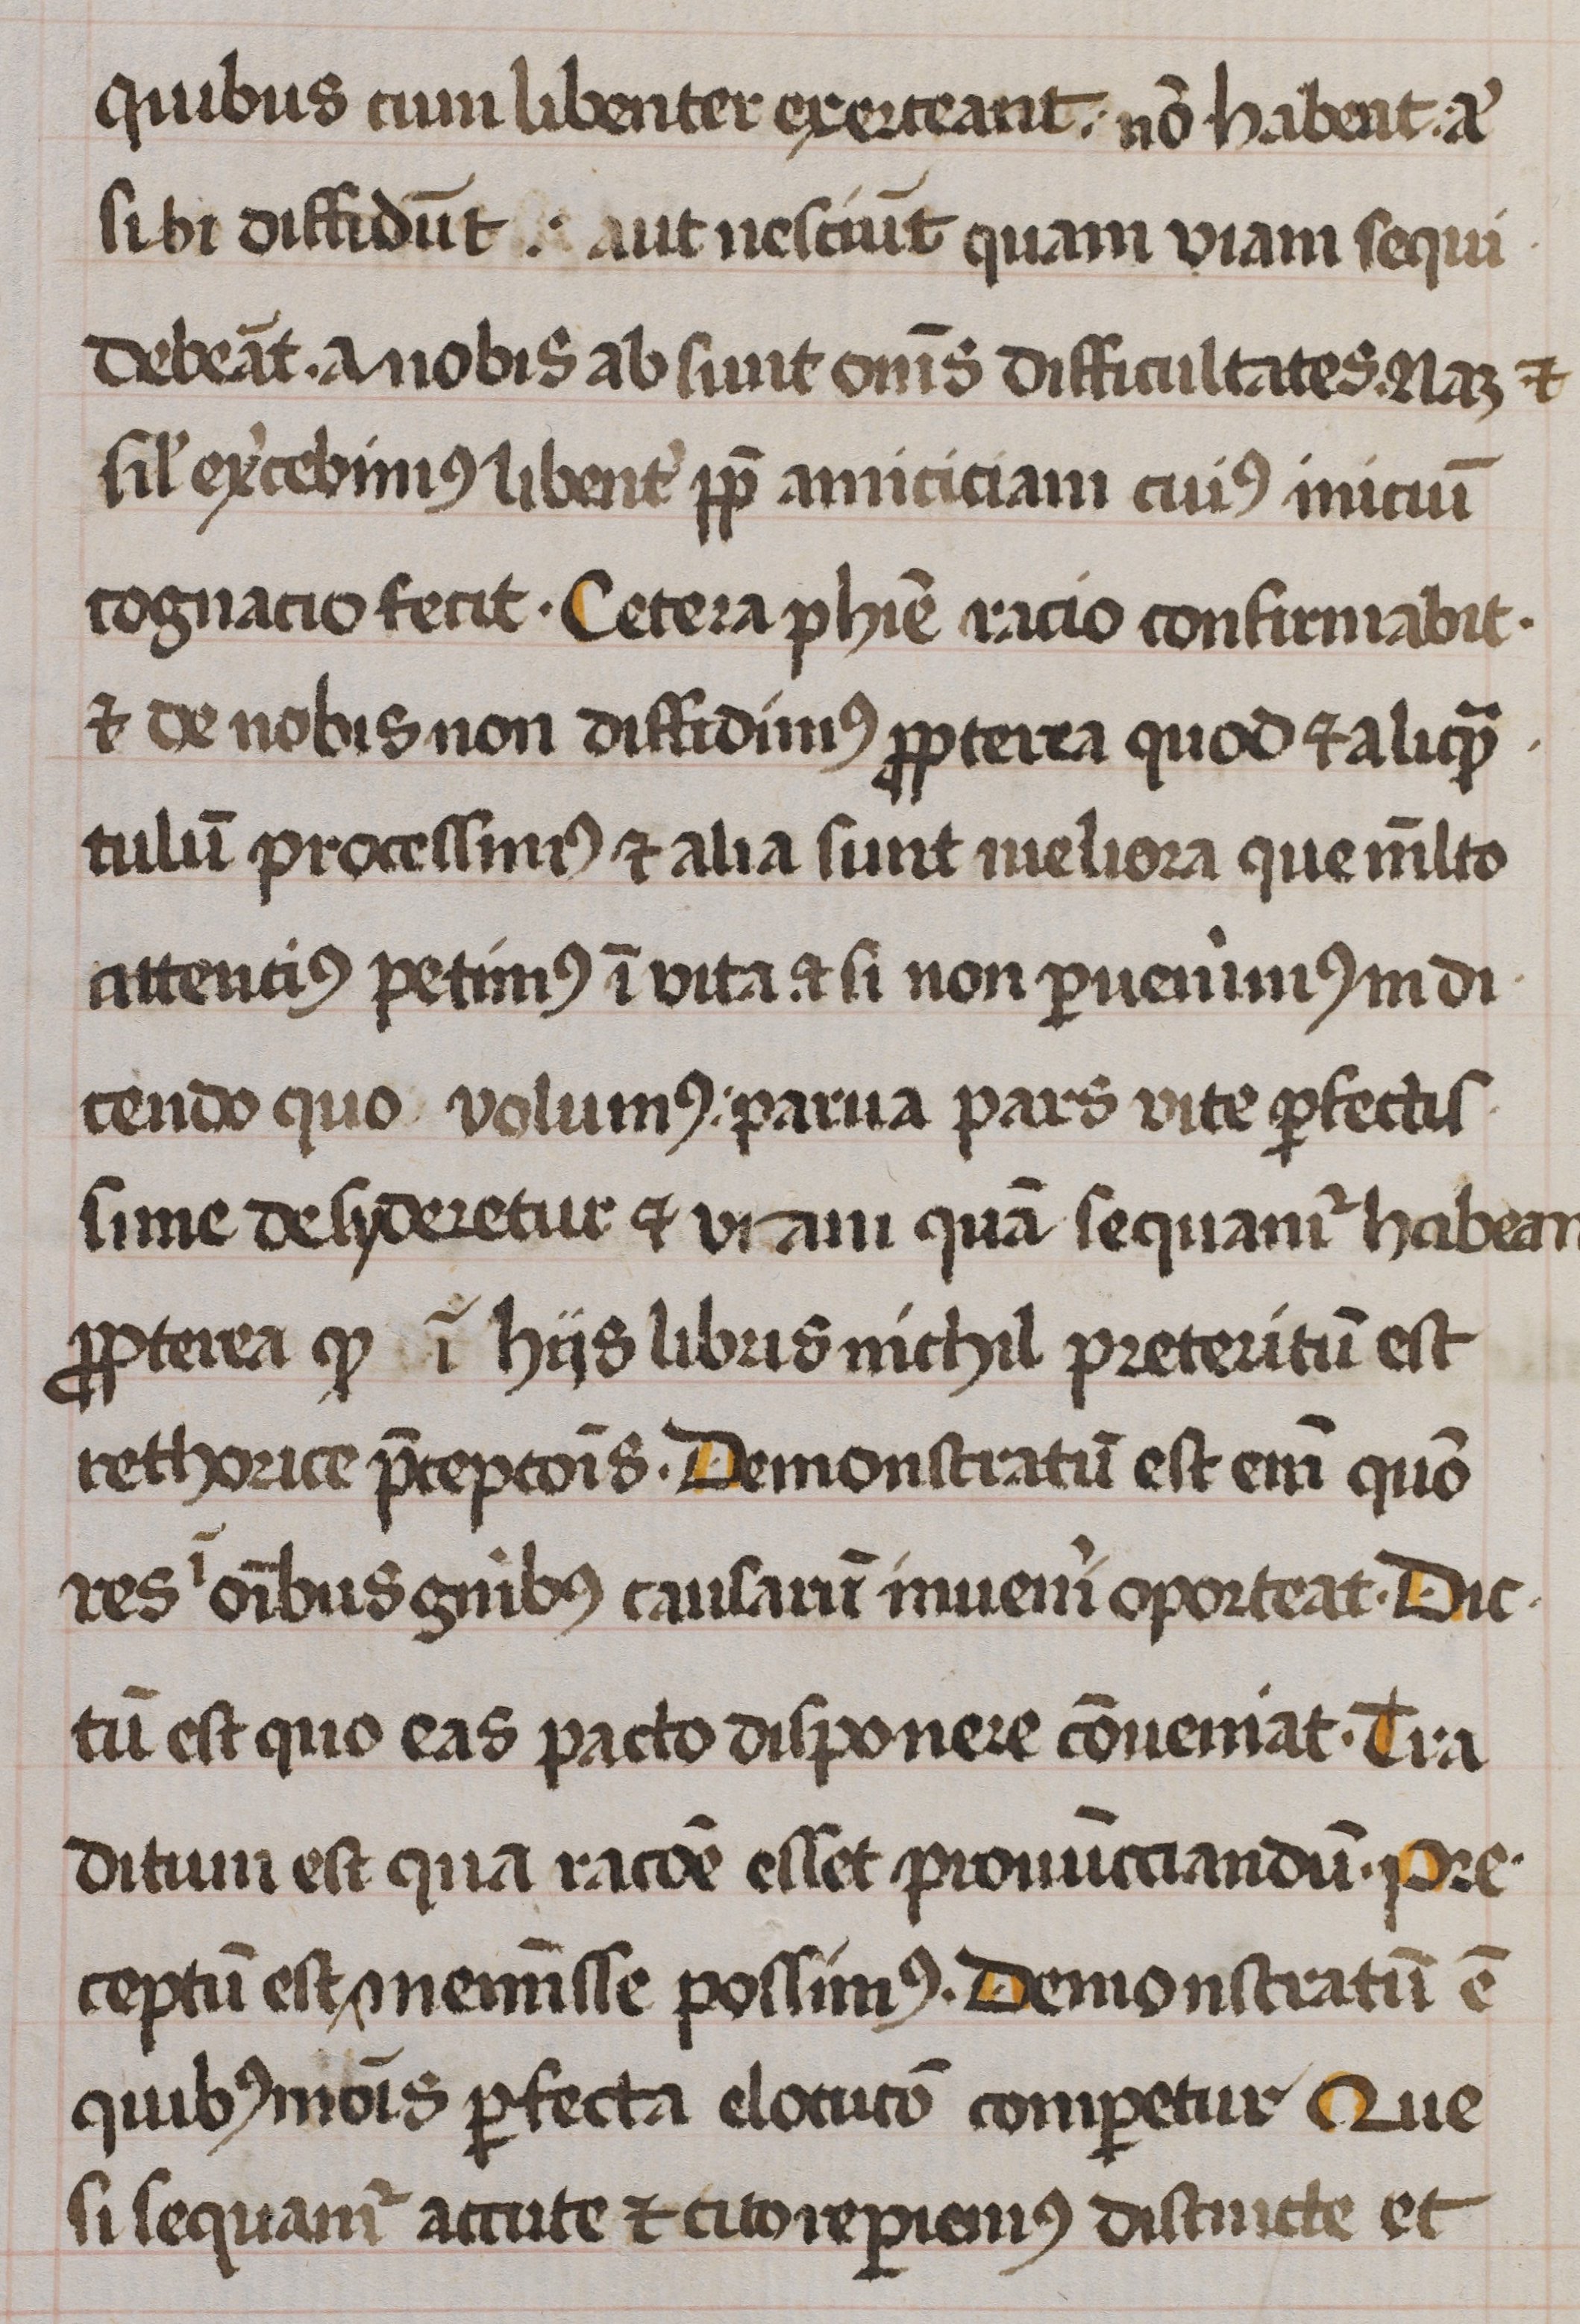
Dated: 1470–1470